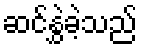
ဆင်နွှဲခဲ့သည်